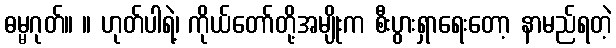
ဓမ္မဂုတ်။ ။ ဟုတ်ပါရဲ့၊ ကိုယ်တော်တို့အမျိုးက စီးပွားရှာရေးတော့ နာမည်ရတဲ့